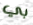
بي